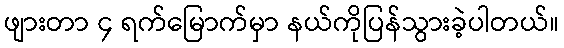
ဖျားတာ ၄ ရက်မြောက်မှာ နယ်ကိုပြန်သွားခဲ့ပါတယ်။